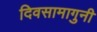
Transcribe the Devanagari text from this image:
दिवसामागुनी